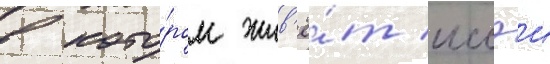
в кото́ром жив'ё́т иссэи